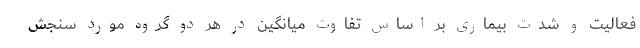
فعالیت و شدت بیماری بر اساس تفاوت میانگین در هر دو گروه مورد سنجش